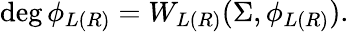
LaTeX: \deg\phi_{L(R)}=W_{L(R)}(\Sigma,\phi_{L(R)}).